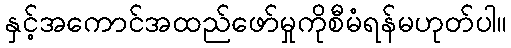
နှင့်အကောင်အထည်ဖော်မှုကိုစီမံရန်မဟုတ်ပါ။